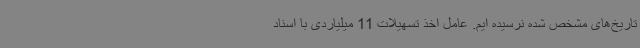
تاریخ‌های مشخص شده نرسیده‌ ایم. عامل اخذ تسهیلات 11 میلیاردی با اسناد